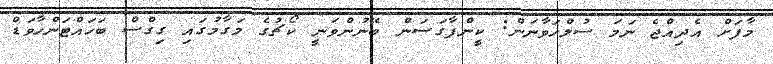
މާފަށް އެދިއްޖެ ނަމަ ސުލްހަވާނަން: ކީންފާގަސަން ބޭނުންވަނީ ކޯޗުގެ މަގާމުގައި ގިގްސް ބަހައްޓަންހާވަޑް